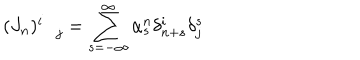
( J _ { n } ) _ { \quad j } ^ { i } = \sum _ { s = - \infty } ^ { \infty } \alpha _ { s } ^ { n } \delta _ { n + s } ^ { i } \delta _ { j } ^ { s }